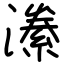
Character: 潫